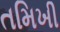
તમિખી